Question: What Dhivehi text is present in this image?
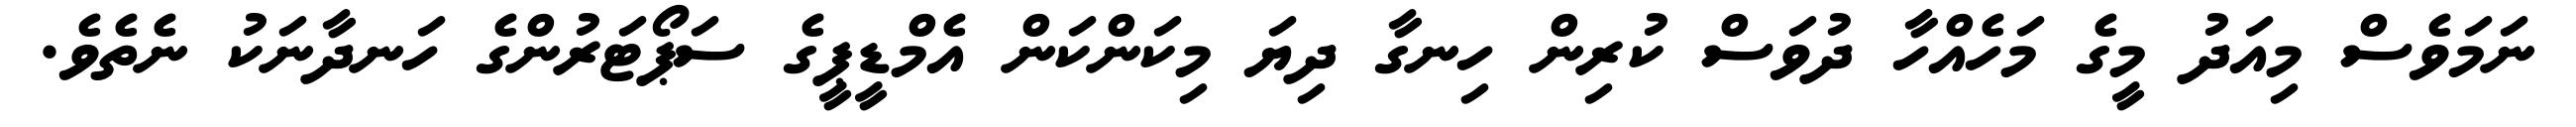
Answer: ނަމަވެސް މިއަދު މީގެ މަހެއްހާ ދުވަސް ކުރިން ހިނގާ ދިޔަ މިކަންކަން އެމްޑީޕީގެ ސަޕޯޓަރުންގެ ހަނދާނަކު ނެތެވެ.